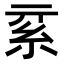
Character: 𥾟